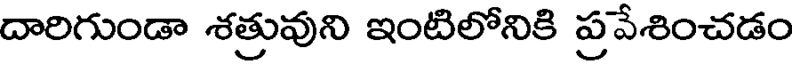
దారిగుండా శత్రువుని ఇంటిలోనికి ప్రవేశించడం